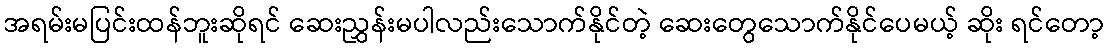
အရမ်းမပြင်းထန်ဘူးဆိုရင် ဆေးညွှန်းမပါလည်းသောက်နိုင်တဲ့ ဆေးတွေသောက်နိုင်ပေမယ့် ဆိုး ရင်တော့